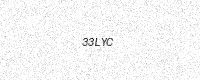
Text: 33LYC